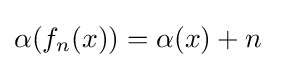
\alpha (f_{n}(x))=\alpha (x)+n~